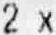
2 X